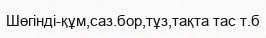
Шөгінді-құм,саз.бор,тұз,тақта тас т.б